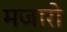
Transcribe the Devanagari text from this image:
मजारो